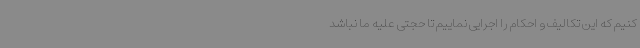
کنیم که این تکالیف و احکام را اجرایی نماییم تا حجتی علیه ما نباشد